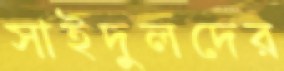
সাইদুলদের